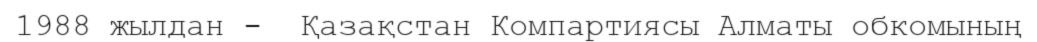
1988 жылдан -  Қазақстан Компартиясы Алматы обкомының